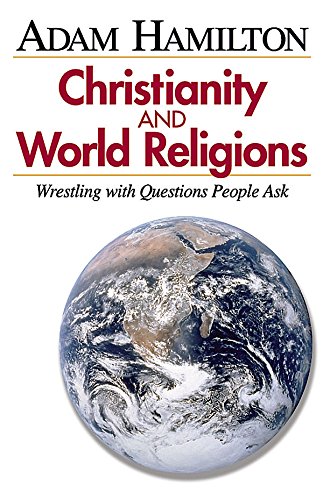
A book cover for Christianity and World Religions - Participant's Book: Wrestling with Questions People Ask; Adam Hamilton; Religion & Spirituality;